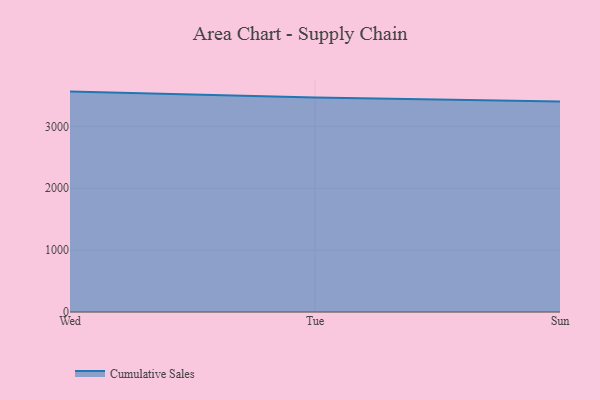
{"axis": {"x": "Day", "y": "Gross Profit (USD K)"}, "legend": ["Cumulative Sales"], "data": [{"x": "Wed", "y": 3562.2, "type": "Cumulative Sales"}, {"x": "Tue", "y": 3468.4, "type": "Cumulative Sales"}, {"x": "Sun", "y": 3400.7, "type": "Cumulative Sales"}]}